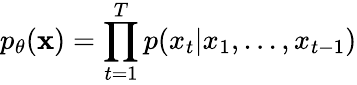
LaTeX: p_{\theta}(\mathbf{x})=\prod_{t=1}^{T}p(x_{t}|x_{1},...,x_{t-1})